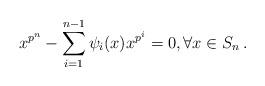
LaTeX: \begin{align*}x^{p^n}-\sum\limits_{i=1}^{n-1}\psi_i(x)x^{p^{i}}=0,\forall x \in S_n\,.\end{align*}